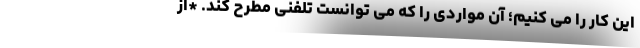
این کار را می کنیم؛ آن مواردی را که می توانست تلفنی مطرح کند. *از